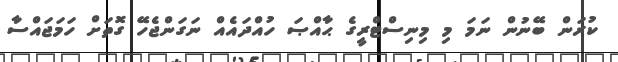
ކުރަން ބޭނުން ނަމަ މި މިނިސްޓްރީގެ ޙާއްޞަ ހުއްދައެއް ނަގަންޖެހޭ ގޮތަށް ހަމަޖައްސާ